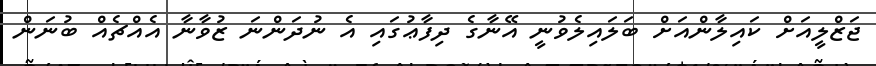
ޖަޒްލީއަށް ކައިލާންއަށް ބަލައިލެވުނީ އޭނާގެ ދިފާޢުގައި އެ ނުދަންނަ ޒުވާނާ އެއްޗެއް ބުނަން